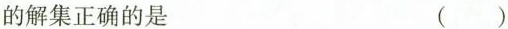
的解集正确的是 ( )